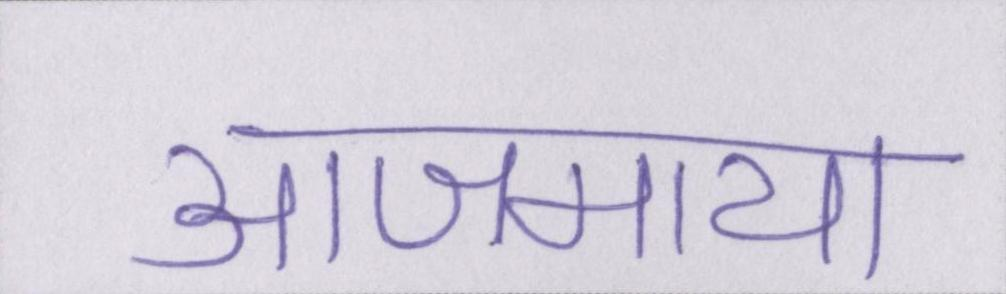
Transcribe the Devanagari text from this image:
आजमाया